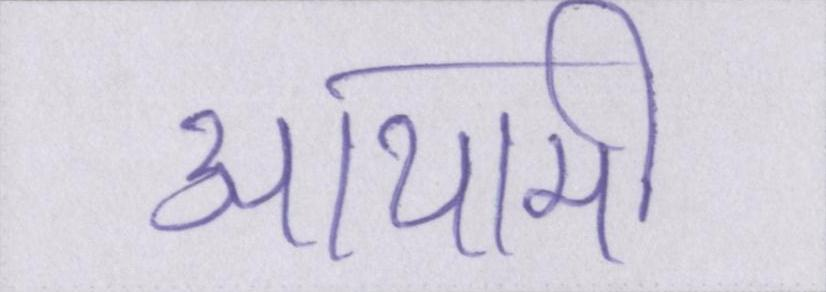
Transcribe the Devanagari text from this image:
आयामी